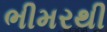
ભીમરથી